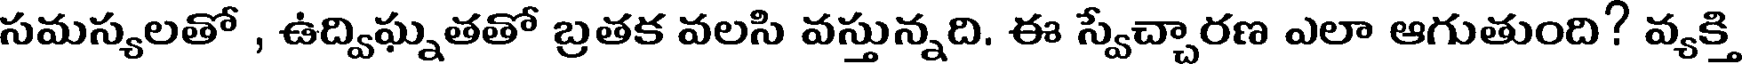
సమస్యలతో , ఉద్విఘ్నతతో బ్రతక వలసి వస్తున్నది. ఈ స్వేచ్చారణ ఎలా ఆగుతుంది? వ్యక్తి